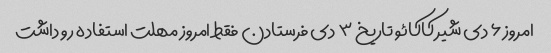
امروز ۶ دی شیر کاکائو تاریخ ۳ دی فرستادن فقط امروز مهلت استفاده رو داشت